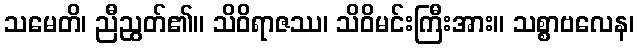
သမေတိ၊ ညီညွတ်၏။ သိဝိရာဇဿ၊ သိဝိမင်းကြီးအား။ သစ္စာဗလေန၊